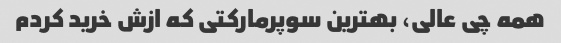
همه چی عالی، بهترین سوپرمارکتی که ازش خرید کردم